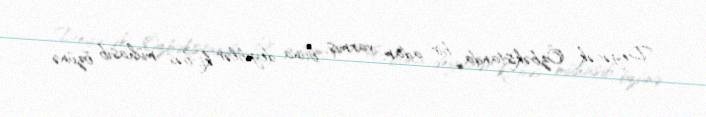
Deyəcək Özbəkistanda bir adam varmış, buna deyiblər ki, bəs mühasib özünə